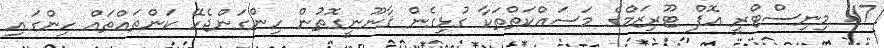
17. މިނިސްޓްރީ އޮފް ޓޫރިޒަމްގެ މަސައްކަތްތަކާ ގުޅިގެން ޤާނޫނީގޮތުން ހިންގަންޖެހޭ ކަންތައްތައް ހިންގައި